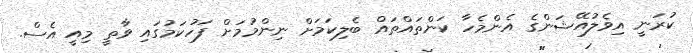
ކުރަނީ އިވެލުއޭޝަންގެ އެންމެހާ ކަންތައްތައް ބެލިކަމަށް ނިންމުމަށް ފަހުކަމުގައި ވާތީ މިއީ އެސް.